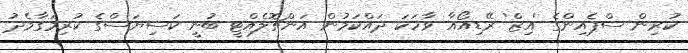
ކުރިން ސްޕެއިންގެ 'އިޒް' ރޭޑިއޯއާ ވާހަކަ ދައްކަމުން އަންޗޮލެއްޓީ ބުނީ ކަސިޔަސްގެ ކުރިމަގާމެދު